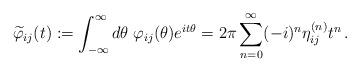
LaTeX: \begin{align*}\widetilde{\varphi }_{ij}(t):=\int\nolimits_{-\infty }^{\infty }d\theta\;\varphi _{ij}(\theta )e^{it\theta }=2\pi \sum_{n=0}^{\infty }(-i)^{n}\eta_{ij}^{(n)}t^{n}\,. \end{align*}